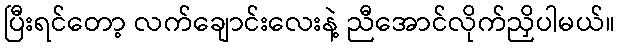
ပြီးရင်တော့ လက်ချောင်းလေးနဲ့ ညီအောင်လိုက်ညှိပါမယ်။